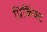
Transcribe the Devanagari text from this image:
प्रिकिंक्ट